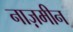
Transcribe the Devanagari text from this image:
नाज़मीन